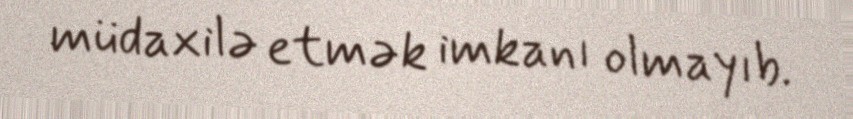
müdaxilə etmək imkanı olmayıb.